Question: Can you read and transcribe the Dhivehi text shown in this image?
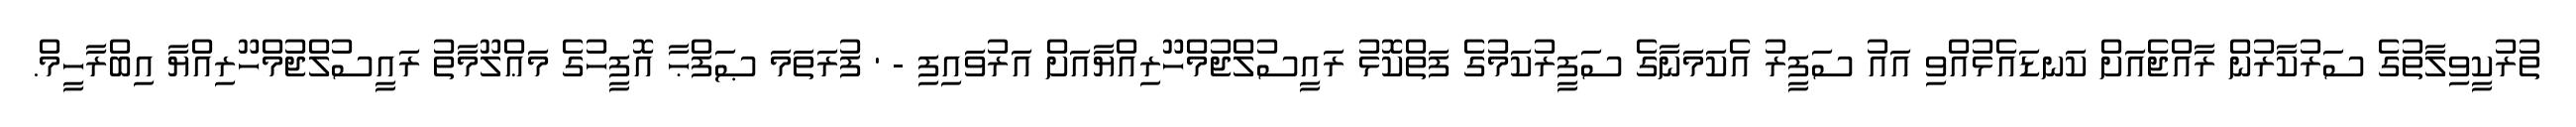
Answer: ތުރުކީވިލާތުގެ ސަރުކާރުން ރާއްޖެއަށް ކަނޑައެޅުއްވި އައު ސަފީރު އެކަމަނާގެ ސަފީރުކަމުގެ ފަތްކޮޅު ރައީސުލްޖުމްހޫރިއްޔާއަށް އަރުވައިފި - ' ފުރަތަމަ ޞަފްޙާ އޮފީހުގެ މަޢްލޫމާތު ރައީސުލްޖުމްހޫރިއްޔާ އިބްރާހީމް.